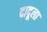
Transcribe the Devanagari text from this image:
दादूला